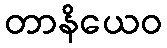
တာနိယေဝ